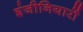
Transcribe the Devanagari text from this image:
इंजीनियारों